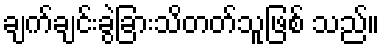
ချက်ချင်းခွဲခြားသိတတ်သူဖြစ် သည်။